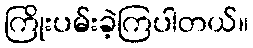
ကြိုးပမ်းခဲ့ကြပါတယ်။